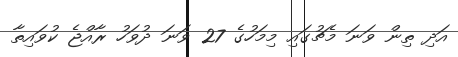
އަދި ތިން ވަނަ މެޗުގައި މިމަހުގެ 27 ވަނަ ދުވަހު ރާއްޖެ ކުވައިތާ